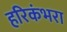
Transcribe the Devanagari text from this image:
हरिकंभरा